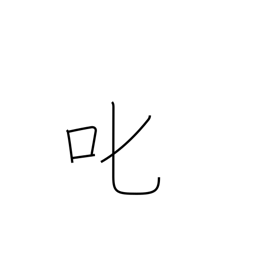
Meaning: reprove